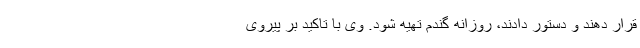
قرار دهند و دستور دادند، روزانه گندم تهیه شود. وی با تاکید بر پیروی